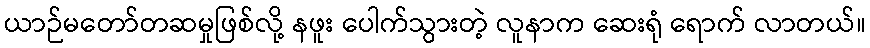
ယာဉ်မတော်တဆမှုဖြစ်လို့ နဖူး ပေါက်သွားတဲ့ လူနာက ဆေးရုံ ရောက် လာတယ်။